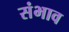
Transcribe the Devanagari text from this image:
संभाव